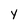
Character: y